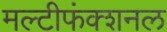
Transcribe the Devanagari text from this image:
मल्टीफंक्शनल